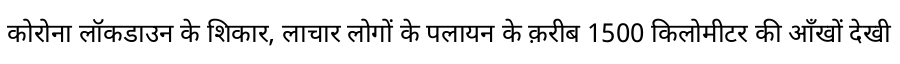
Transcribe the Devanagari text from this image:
कोरोना लॉकडाउन के शिकार, लाचार लोगों के पलायन के क़रीब 1500 किलोमीटर की आँखों देखी